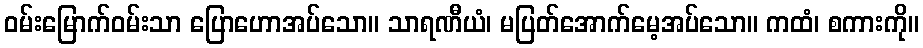
ဝမ်းမြောက်ဝမ်းသာ ပြောဟောအပ်သော။ သာရဏီယံ၊ မပြတ်အောက်မေ့အပ်သော။ ကထံ၊ စကားကို။